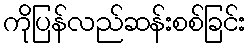
ကိုပြန်လည်ဆန်းစစ်ခြင်း